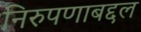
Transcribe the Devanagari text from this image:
निरुपणाबद्दल